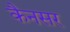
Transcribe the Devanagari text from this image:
कैनसर